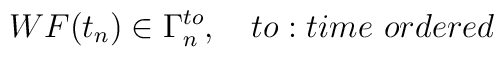
WF(t_{n})\in \Gamma _{n}^{to},\quad to:time\,\,ordered